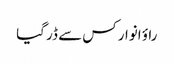
راؤ انوار کس سے ڈر گیا